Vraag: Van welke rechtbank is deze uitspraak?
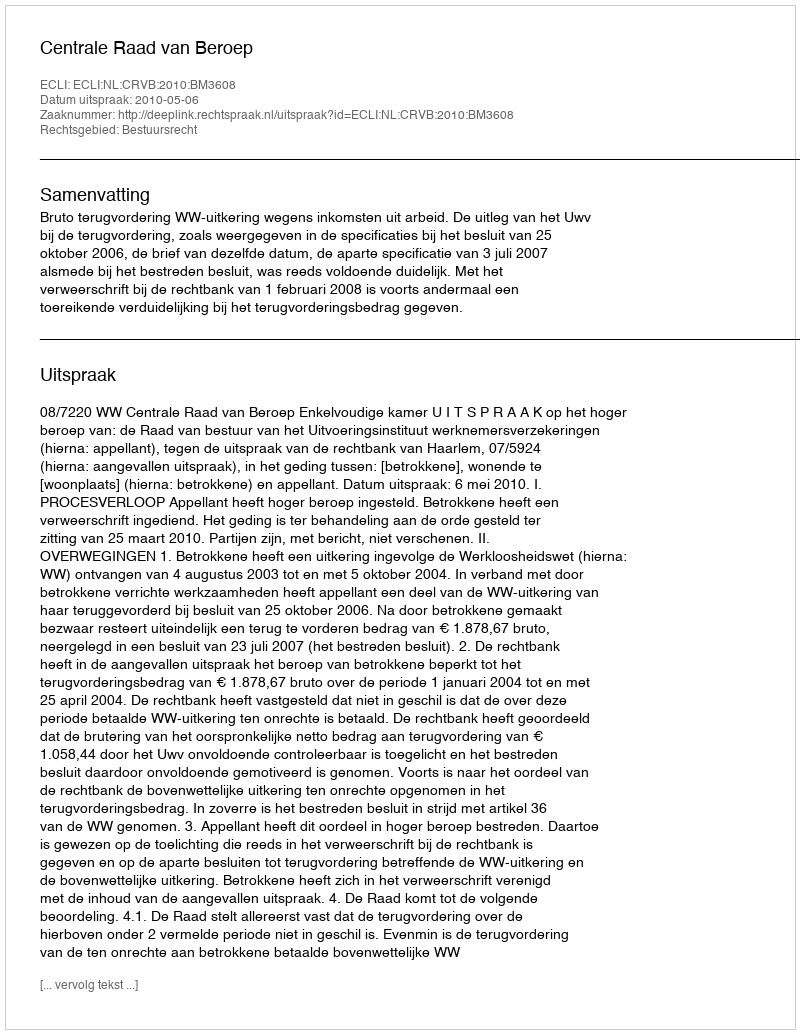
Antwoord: Centrale Raad van Beroep